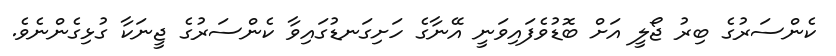
ކެންސަރުގެ ބިރު ޖޯލީ އަށް ބޮޑުވެފައިވަނީ އޭނާގެ ހަށިގަނޑުގައިވާ ކެންސަރުގެ ޖީނަކާ ގުޅިގެންނެވެ.